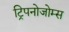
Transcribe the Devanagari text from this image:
ट्रिपनोजोम्स